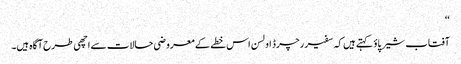
‘‘
آفتاب شیرپاؤ کہتے ہیں کہ سفیر رچرڈ اولسن اس خطے کے معروضی حالات سے اچھی طرح آگاہ ہیں۔